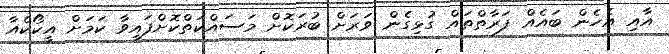
އާއި އެހެން ބައެއް ފަރާތްތައް ގުޅިގެން ވަރަށް ބުރަކޮށް މަސައްކަތްކޮށްފައިވާ ކަމަށް އީކޯކެއާ